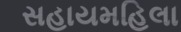
સહાયમહિલા